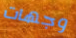
وجهات